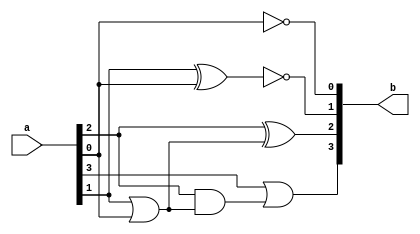
module bcd_to_excess3(b, a);
	input [3:0] a;
	output [3:0] b;
	wire p, q;
	assign b[0] = ~a[0];
	xnor(b[1], a[1], a[0]);
	or(p, a[1], a[0]);
	xor(b[2], a[2], p);
	and(q, a[2], p);
	or(b[3], a[3], q);
endmodule